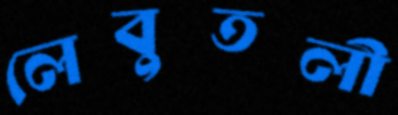
লেবুতলী